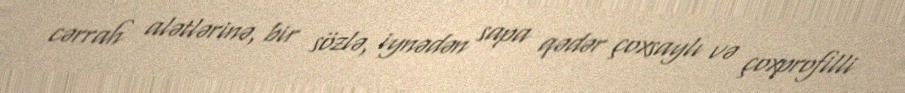
cərrah alətlərinə, bir sözlə, iynədən sapa qədər çoxsaylı və çoxprofilli